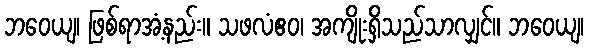
ဘဝေယျ၊ ဖြစ်ရာအံ့နည်း။ သဖလံဧဝ၊ အကျိုးရှိသည်သာလျှင်။ ဘဝေယျ၊